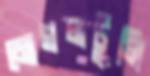
মোগলটুলি